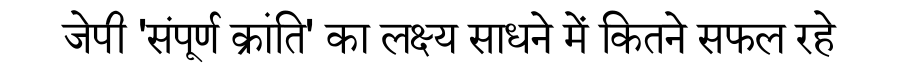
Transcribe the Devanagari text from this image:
जेपी 'संपूर्ण क्रांति' का लक्ष्य साधने में कितने सफल रहे